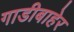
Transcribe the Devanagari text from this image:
गाडीबाहेर